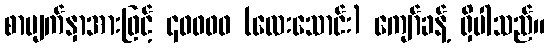
စာမျက်နှာအားဖြင့် ၄၀၀၀၀ (လေးသောင်း) ကျော်ခန့် ရှိပါသည်။